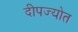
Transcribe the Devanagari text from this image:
दीपज्योत